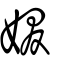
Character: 娺